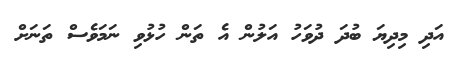
އަދި މިދިޔަ ބުދަ ދުވަހު އަލުން އެ ތަން ހުޅުވި ނަމަވެސް ތަނަށް